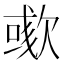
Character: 𣤁